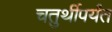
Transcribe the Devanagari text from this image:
चतुर्थीपर्यंत